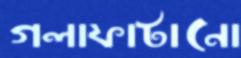
গলাফাটানো